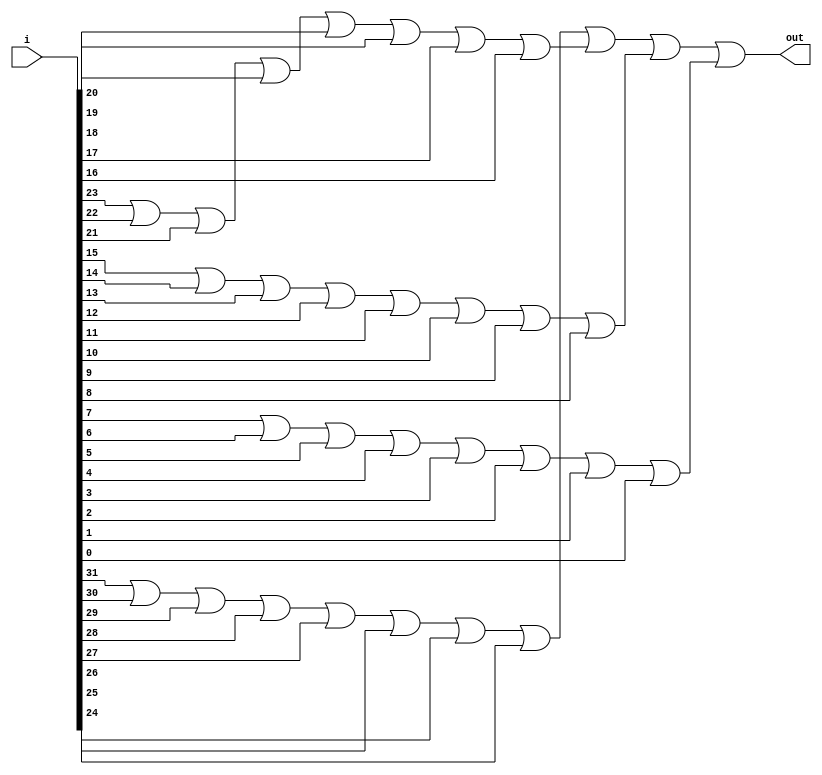
module notZero(out, i);

	input [31:0] i;
	
	wire w0, w1, w2, w3;
	
	output out;
	
	or zero(w0,  i[31], i[30], i[29], i[28], i[27], i[26], i[25], i[24]);
	or one (w1,  i[23], i[22], i[21], i[20], i[19], i[18], i[17], i[16]);
	or two (w2,  i[15], i[14], i[13], i[12], i[11], i[10], i[9] , i[8] );
	or thre(w3,  i[7] , i[6] , i[5] , i[4] , i[3] , i[2] , i[1] , i[0] );
	or out1(out, w0, w1, w2, w3);

endmodule